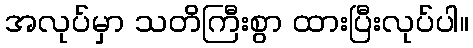
အလုပ်မှာ သတိကြီးစွာ ထားပြီးလုပ်ပါ။